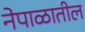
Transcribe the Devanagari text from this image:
नेपाळातील